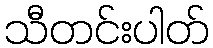
သီတင်းပါတ်